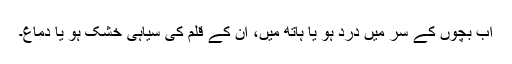
اب بچوں کے سر میں درد ہو یا ہاتھ میں، ان کے قلم کی سیاہی خشک ہو یا دماغ۔